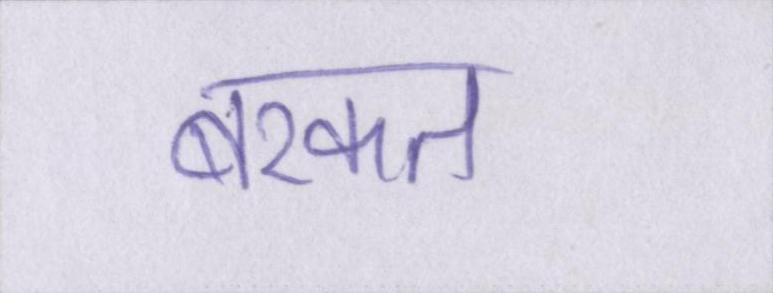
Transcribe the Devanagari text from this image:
बरकत